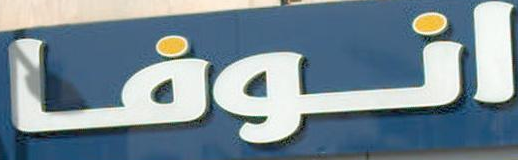
انوفا